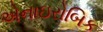
એનાઇરોબિક